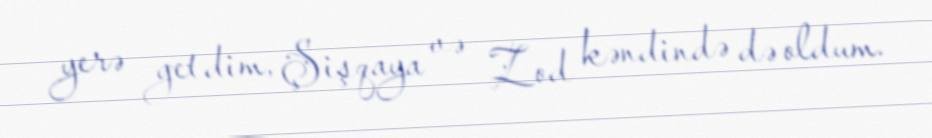
yerə getdim, Şişqaya və Zod kəndində də oldum.